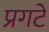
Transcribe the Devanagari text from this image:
प्रगटे